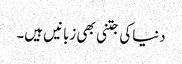
دنیاکی جتنی بھی زبانیں ہیں۔